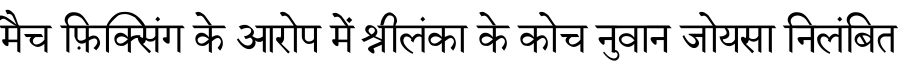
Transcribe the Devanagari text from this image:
मैच फ़िक्सिंग के आरोप में श्रीलंका के कोच नुवान जोयसा निलंबित